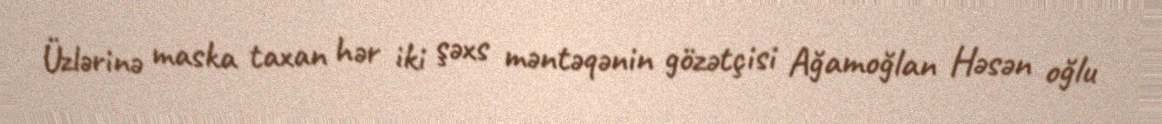
Üzlərinə maska taxan hər iki şəxs məntəqənin gözətçisi Ağamoğlan Həsən oğlu